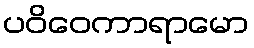
ပဝိဝေကာရာမော